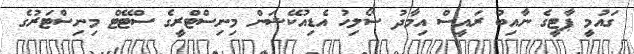
ގައުމީ ޕާޓީގެ ނާއިބު ރައީސް އިމާދު ސޯލިހު އެޑިއުކޭޝަން މިނިސްޓްރީގެ ސްޓޭޓް މިނިސްޓަރުގެ